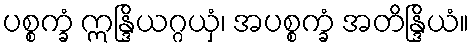
ပစ္စက္ခံ ဣန္ဒြိယဂ္ဂယှံ၊ အပစ္စက္ခံ အတိန္ဒြိယံ။